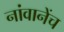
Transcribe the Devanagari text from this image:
नांवानेंच